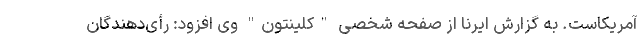
آمریکاست. به گزارش ایرنا از صفحه شخصی "کلینتون" وی افزود: رأی‌دهندگان